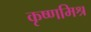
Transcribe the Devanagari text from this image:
कृष्णमिश्र